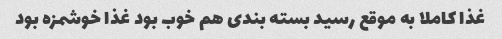
غذا کاملا به موقع رسید بسته بندی هم خوب بود غذا خوشمزه بود